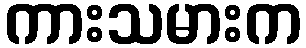
ကားသမားက